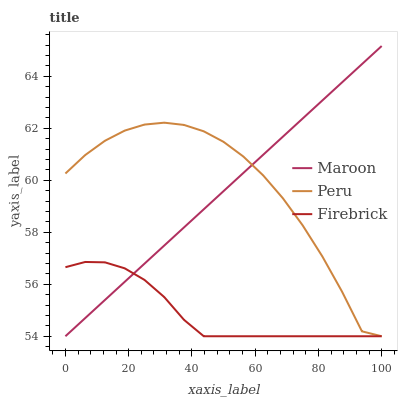
| xaxis_label | Maroon | Peru | Firebrick |
 | --- | --- | --- | --- |
 | 0 | 54 | 60.3 | 56.7 |
 | 6.25 | 54.7 | 61 | 56.9 |
 | 12.5 | 55.4 | 61.5 | 56.8 |
 | 18.8 | 56.1 | 61.9 | 56.6 |
 | 25 | 56.8 | 62.1 | 56.2 |
 | 31.2 | 57.5 | 62.2 | 55.5 |
 | 37.5 | 58.2 | 62.1 | 54.6 |
 | 43.8 | 58.9 | 61.9 | 54 |
 | 50 | 59.6 | 61.5 | 54 |
 | 56.2 | 60.3 | 60.9 | 54 |
 | 62.5 | 61 | 60.2 | 54 |
 | 68.8 | 61.7 | 59.3 | 54 |
 | 75 | 62.4 | 58.3 | 54 |
 | 81.2 | 63.1 | 57.1 | 54 |
 | 87.5 | 63.8 | 55.7 | 54 |
 | 93.8 | 64.5 | 54.2 | 54 |
 | 100 | 65.2 | 54 | 54 |